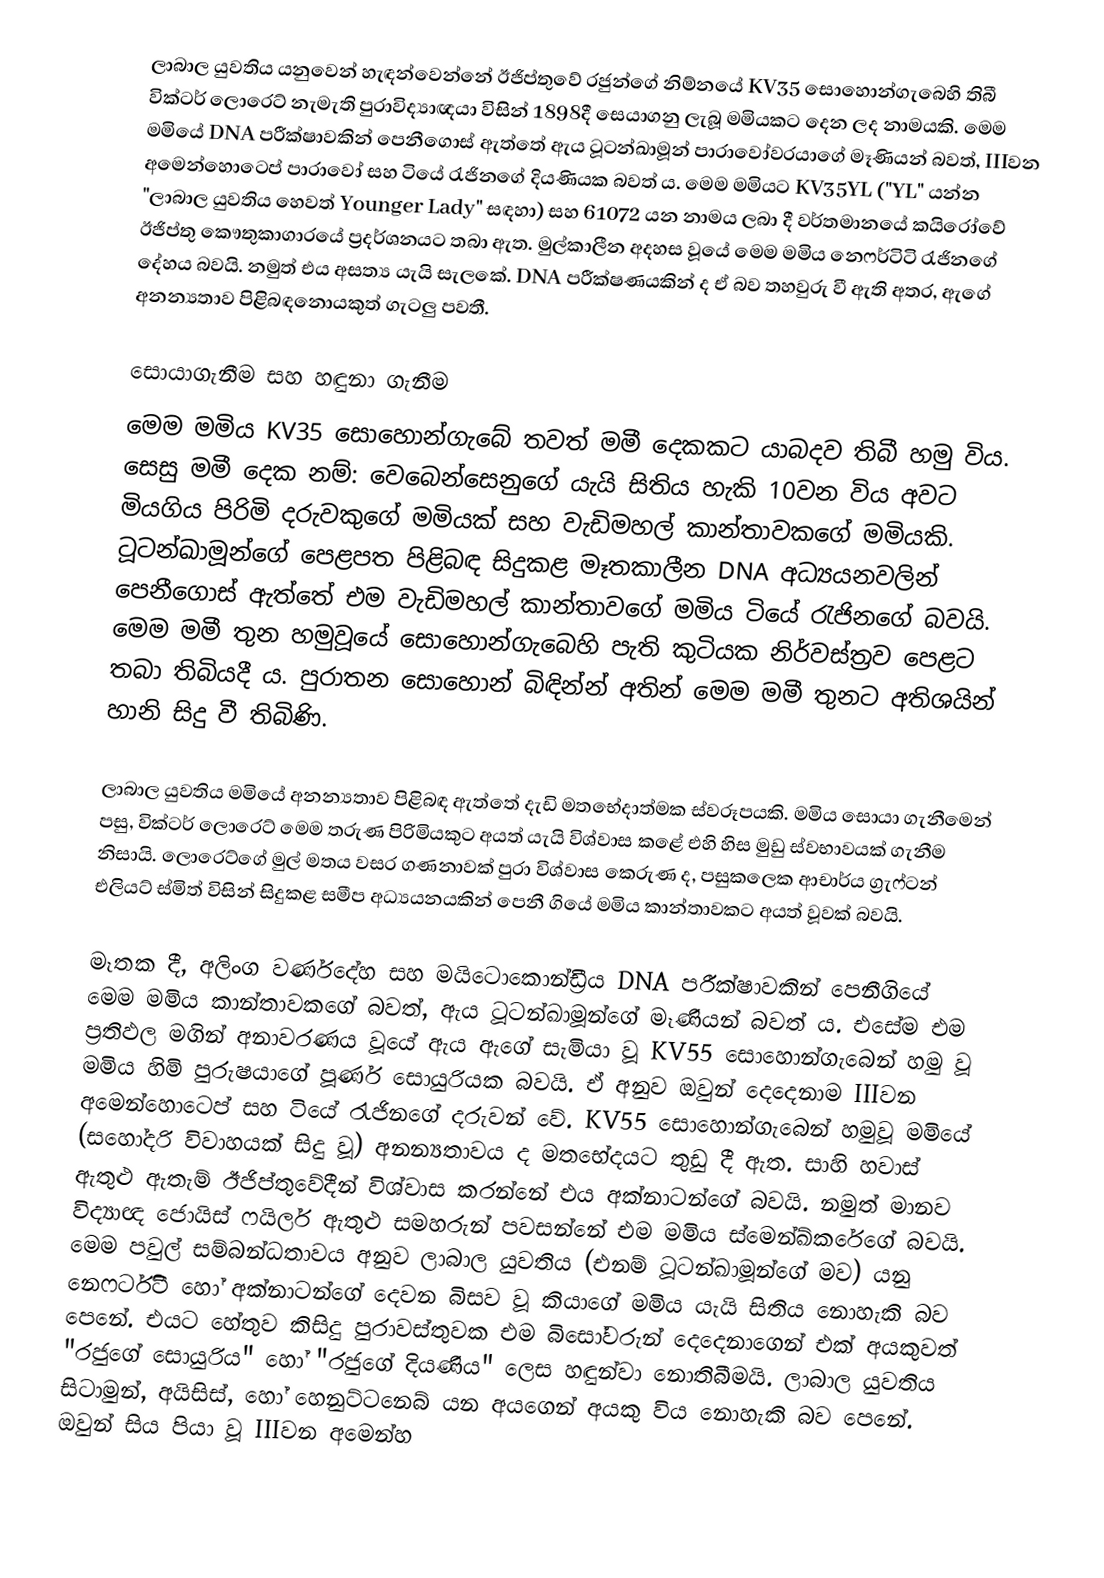
ලාබාල යුවතිය යනුවෙන් හැඳන්වෙන්නේ ඊජිප්තුවේ රජුන්ගේ නිම්නයේ KV35 සොහොන්ගැබෙහි තිබී වික්ටර් ලොරෙට් නැමැති පුරාවිද්‍යාඥයා විසින් 1898දී සෙයාගනු ලැබූ මමියකට දෙන ලද නාමයකි. මෙම මමියේ DNA පරීක්ෂාවකින් පෙනීගොස් ඇත්තේ ඇය ටූටන්ඛාමූන් පාරාවෝවරයාගේ මෑණියන් බවත්, IIIවන අමෙන්හොටෙප් පාරාවෝ සහ ටියේ රැජිනගේ දියණියක බවත් ය. මෙම මමියට KV35YL ("YL" යන්න "ලාබාල යුවතිය හෙවත් Younger Lady" සඳහා) සහ 61072 යන නාමය ලබා දී වර්තමානයේ කයිරෝවේ ඊජිප්තු කෞතුකාගාරයේ ප්‍රදර්ශනයට තබා ඇත. මුල්කාලීන අදහස වූයේ මෙම මමිය නෙෆර්ටිටි රැජිනගේ දේහය බවයි. නමුත් එය අසත්‍ය යැයි සැලකේ. DNA පරීක්ෂණයකින් ද ඒ බව තහවුරු වී ඇති අතර, ඇගේ අනන්‍යතාව පිළිබඳනොයකුත් ගැටලු පවතී.

සොයාගැනීම සහ හඳුනා ගැනීම
මෙම මමිය KV35 සොහොන්ගැබේ තවත් මමී දෙකකට යාබදව තිබී හමු විය. සෙසු මමී දෙක නම්: වෙබෙන්සෙනුගේ යැයි සිතිය හැකි 10වන විය අවට මියගිය පිරිමි දරුවකුගේ මමියක් සහ වැඩිමහල් කාන්තාවකගේ මමියකි. ටූටන්ඛාමූන්ගේ පෙළපත පිළිබඳ සිදුකළ මෑතකාලීන DNA අධ්‍යයනවලින් පෙනීගොස් ඇත්තේ එම වැඩිමහල් කාන්තාවගේ මමිය ටියේ රැජිනගේ බවයි. මෙම මමී තුන හමුවූයේ සොහොන්ගැබෙහි පැති කුටියක නිර්වස්ත්‍රව පෙළට තබා තිබියදී ය. පුරාතන සොහොන් බිඳින්න් අතින් මෙම මමී තුනට අතිශයින් හානි සිදු වී තිබිණි.

ලාබාල යුවතිය මමියේ අනන්‍යතාව පිළිබඳ ඇත්තේ දැඩි මතභේදාත්මක ස්වරූපයකි. මමිය සොයා ගැනීමෙන් පසු, වික්ටර් ලොරෙට් මෙම තරුණ පිරිමියකුට අයත් යැයි විශ්වාස කළේ එහි හිස මුඩු ස්වභාවයක් ගැනීම නිසායි. ලොරෙට්ගේ මුල් මතය වසර ගණනාවක් පුරා විශ්වාස කෙරුණ ද, පසුකලෙක ආචාර්ය ග්‍රැෆ්ටන් එලියට් ස්මිත් විසින් සිදුකළ සමීප අධ්‍යයනයකින් පෙනී ගියේ මමිය කාන්තාවකට අයත් වූවක් බවයි.

මෑතක දී, අලිංග වර්ණදේහ සහ මයිටොකොන්ඩ්‍රීය DNA පරීක්ෂාවකින් පෙනීගියේ මෙම මමිය කාන්තාවකගේ බවත්, ඇය ටූටන්ඛාමූන්ගේ මෑණියන් බවත් ය. එසේම එම ප්‍රතිඵල මගින් අනාවරණය වූයේ ඇය ඇගේ සැමියා වූ KV55 සොහොන්ගැබෙන් හමු වූ මමිය හිමි පුරුෂයාගේ පූර්ණ සොයුරියක බවයි. ඒ අනුව ඔවුන් දෙදෙනාම IIIවන අමෙන්හොටෙප් සහ ටියේ රැජිනගේ දරුවන් වේ. KV55 සොහොන්ගැබෙන් හමුවූ මමියේ (සහෝදරි විවාහයක් සිදු වූ) අනන්‍යතාවය ද මතභේදයට තුඩු දී ඇත. සාහි හවාස් ඇතුළු ඇතැම් ඊජිප්තුවේදීන් විශ්වාස කරන්නේ එය අක්නාටන්ගේ බවයි. නමුත් මානව විද්‍යාඥ ජොයිස් ෆයිලර් ඇතුළු සමහරුන් පවසන්නේ එම මමිය ස්මෙන්ඛ්කරේගේ බවයි. මෙම පවුල් සම්බන්ධතාවය අනුව  ලාබාල යුවතිය (එනම් ටූටන්ඛාමූන්ගේ මව) යනු නෙෆර්ටිටි හෝ අක්නාටන්ගේ දෙවන බිසව වූ කියාගේ මමිය යැයි සිතිය නොහැකි බව පෙනේ. එයට හේතුව කිසිදු පුරාවස්තුවක එම බිසෝවරුන් දෙදෙනාගෙන් එක් අයකුවත් "රජුගේ සොයුරිය" හෝ "රජුගේ දියණිය" ලෙස හඳුන්වා ‍නොතිබීමයි. ලාබාල යුවතිය සිටාමුන්, අයිසිස්, හෝ හෙනුට්ටනෙබ් ‍යන අයගෙන් අයකු විය නොහැකි බව පෙනේ. ඔවුන් සිය පියා වූ IIIවන අමෙන්හ